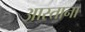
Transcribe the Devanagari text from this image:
आस्ताना